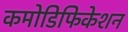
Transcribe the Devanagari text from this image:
कमोडिफिकेशन